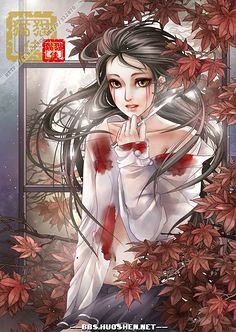
桃花坞裏桃花庵，桃花庵裏桃花仙。